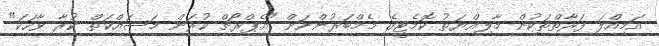
އަމިއްލަ ފަރާތްތަކުން މާލިއްޔަތު ކޮމެޓީގެ މެމްބަރުންނަށް "އެޕްރޯޗް ކުރަން މަސައްކަތް ކުރާ ވާހަކަ"